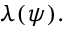
\lambda ( \psi ) .